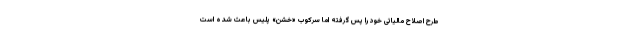
طرح اصلاح مالیاتی خود را پس گرفته اما سرکوب «خشن» پلیس باعث شده است